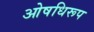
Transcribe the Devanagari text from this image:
ओषधिरूप